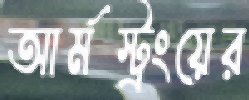
আর্মস্ট্রংয়ের